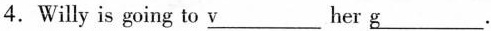
4.Willy is going to \underline{v} her \underline{g}